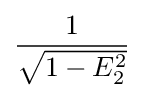
{\frac {1}{\sqrt {1-E_{2}^{2}}}}